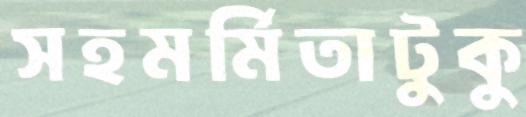
সহমর্মিতাটুকু